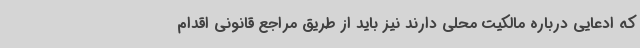
که ادعایی درباره مالکیت محلی دارند نیز باید از طریق مراجع قانونی اقدام